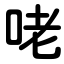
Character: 咾